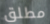
مطلق